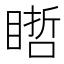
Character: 𥉭